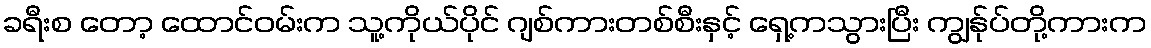
ခရီးစ တော့ ထောင်ဝမ်းက သူ့ကိုယ်ပိုင် ဂျစ်ကားတစ်စီးနှင့် ရှေ့ကသွားပြီး ကျွန်ုပ်တို့ကားက